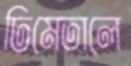
ঢিমেতালে